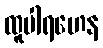
ထူပါရဟေန